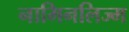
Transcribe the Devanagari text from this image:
नामिनलिज्म